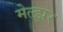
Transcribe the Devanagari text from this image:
मेल्झर